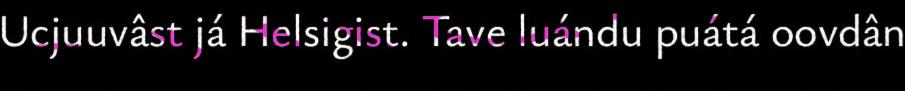
Ucjuuvâst já Helsigist. Tave luándu puátá oovdân